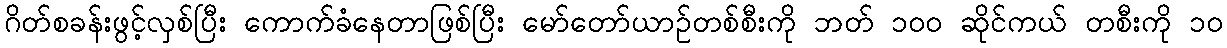
ဂိတ်စခန်းဖွင့်လှစ်ပြီး ကောက်ခံနေတာဖြစ်ပြီး မော်တော်ယာဉ်တစ်စီးကို ဘတ် ၁၀၀ ဆိုင်ကယ် တစီးကို ၁၀